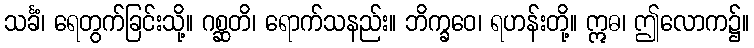
သင်္ခံ၊ ရေတွက်ခြင်းသို့။ ဂစ္ဆတိ၊ ရောက်သနည်း။ ဘိက္ခဝေ၊ ရဟန်းတို့။ ဣဓ၊ ဤလောက၌။